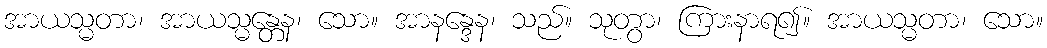
အာယသ္မတာ၊ အာယသ္မန္တေန၊ သော။ အာနန္ဒေန၊ သည်။ သုတွာ၊ ကြားနာရ၍။ အာယသ္မတာ၊ သော။